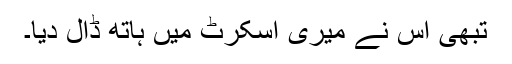
تبھی اس نے میری اسکرٹ میں ہاتھ ڈال دیا۔